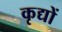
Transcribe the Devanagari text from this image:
कृद्यों